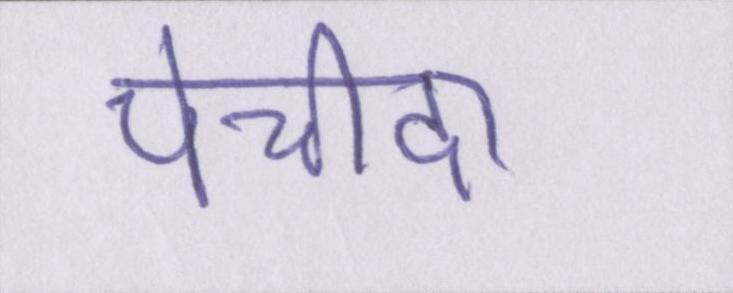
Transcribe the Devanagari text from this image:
पेचीदा